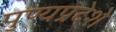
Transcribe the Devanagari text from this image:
पुण्यप्रदेशे